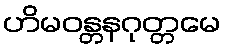
ဟိမဝန္တနဂုတ္တမေ